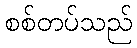
စစ်တပ်သည်